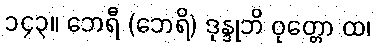
၁၄၃။ ဘေရီ (ဘေရိ) ဒုန္ဒုဘိ ဝုတ္တော ထ၊